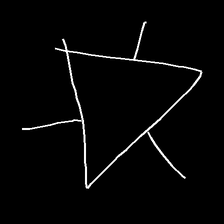
Glyph: fire